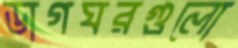
ডাগঘরগুলো